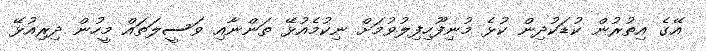
އޭގެ އިތުރުން ކުޑަކުދިން ކުޅެ މުނިފޫހިފިލުވުމަށް ނިކުމެއުޅޭ ތަންނާއި ވަސީލަތައް މީހުން ދިރިއުޅޭ